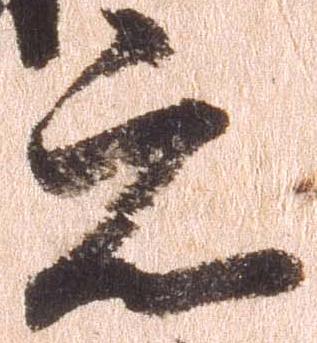
元